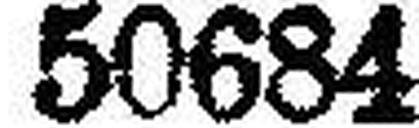
50684